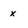
Character: x